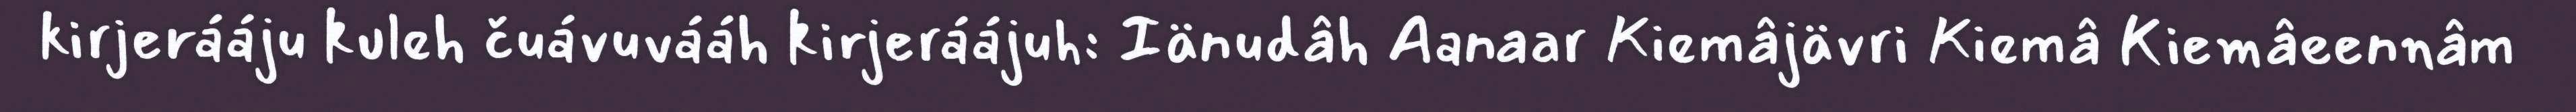
kirjerááju kuleh čuávuvááh kirjeráájuh: Iänudâh Aanaar Kiemâjävri Kiemâ Kiemâeennâm